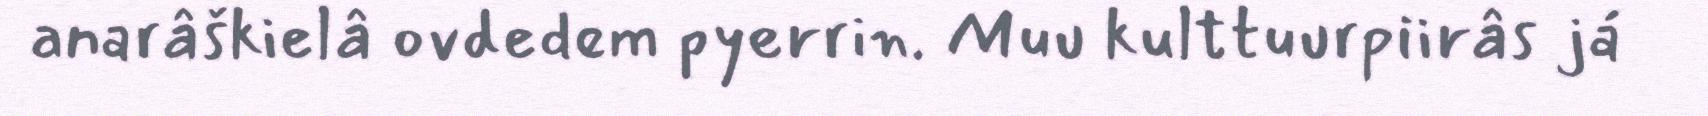
anarâškielâ ovdedem pyerrin. Muu kulttuurpiirâs já